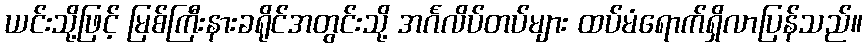
ယင်းသို့ဖြင့် မြစ်ကြီးနားခရိုင်အတွင်းသို့ အင်္ဂလိပ်တပ်များ ထပ်မံရောက်ရှိလာပြန်သည်။